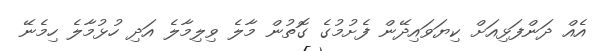
އެއް ދަންފަޅިއަށް ކިޔަވައިދޭން ފެށުމުގެ ގޮތުން މާލެ ވިލިމާލެ އަދި ހުޅުމާލެ ހިމެނޭ